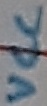
Text: VCC